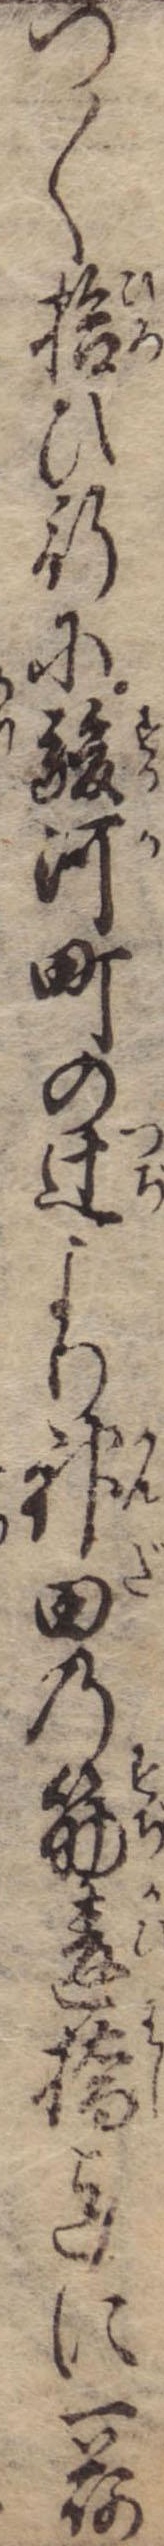
つ〱拾ひ行に駿河町の辻より神田の筋違橋迄に一荷